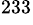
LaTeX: ^{233}